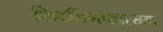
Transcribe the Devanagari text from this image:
शिवलिंगासारख्या